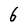
Character: 6